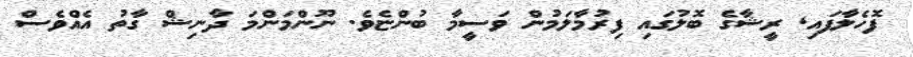
ފޮހެލާާފައި